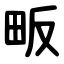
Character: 畈